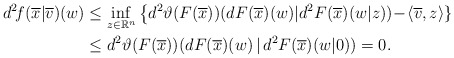
\begin{align*} d^2\!f(\overline{x}|\overline{v})(w) &\le\inf_{z\in\mathbb{R}^n}\big\{d^2\vartheta(F(\overline{x})) (dF(\overline{x})(w)|d^2F(\overline{x})(w|z))\!-\! \langle \overline{v},z\rangle \}\\ &\le d^2\vartheta(F(\overline{x}))(dF(\overline{x})(w)\,|\,d^2F(\overline{x})(w|0))=0. \end{align*}